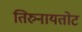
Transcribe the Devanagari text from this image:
तिरुनायतोट